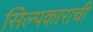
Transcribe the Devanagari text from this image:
सिल्पकाराची